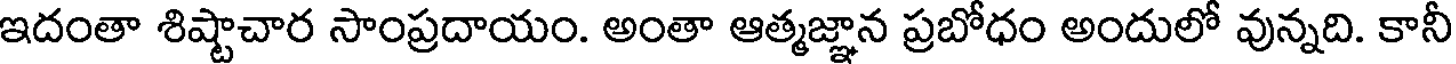
ఇదంతా శిష్టాచార సాంప్రదాయం. అంతా ఆత్మజ్ఞాన ప్రబోధం అందులో వున్నది. కానీ